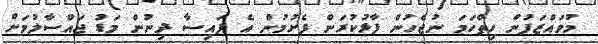
މުވައްޒަފުން ހިތްހަމަ ނުޖެހުން ފާޅުކުރަން ފެށުމުން އެ ފައިސާ ދިނުން މަޑު ޖައްސާލުމަށް